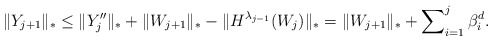
\begin{align*}\Vert Y_{j+1} \Vert_* &\le \Vert Y''_j \Vert_* +\Vert W_{j+1}\Vert_* - \Vert H^{\lambda_{j-1}}(W_j) \Vert_* = \Vert W_{j+1}\Vert_* + \sum\nolimits^{j}_{i=1} \beta^d_i.\end{align*}